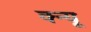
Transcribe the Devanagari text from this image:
क्न्यू